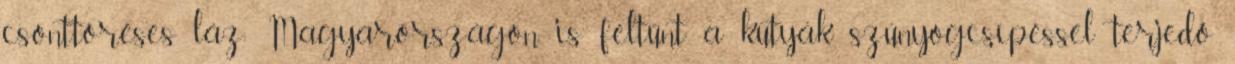
csonttöréses láz; Magyarországon is feltűnt a kutyák szúnyogcsípéssel terjedő